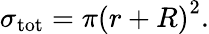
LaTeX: \sigma_{\mathrm{tot}}=\pi\left(r+R\right)^{2}.